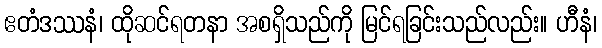
ဧတံဒဿနံ၊ ထိုဆင်ရတနာ အစရှိသည်ကို မြင်ရခြင်းသည်လည်း။ ဟီနံ၊